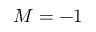
M = - 1